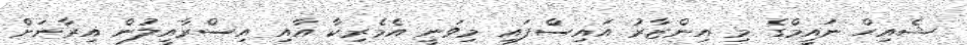
ޝެއިހް ނައީމްގެ މި އިންޒާރު އައިސްފައި މިވަނީ އެމެރިކާ އާއި އިސްރާއީލުން އިރާނަށް